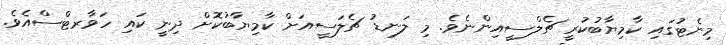
މިނެޓުގައި ކާމިޔާބުކުރީ ޗެލްސީއިންނެވެ. މި ލަނޑު ޗެލަސީއަށް ކާމިޔާބުކޮށް ދިނީ ކައި ހަވާރޓްސްއެވެ.